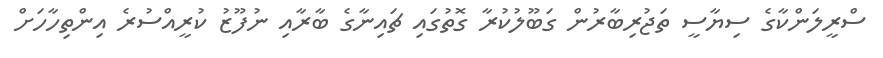
ސްރީލަންކާގެ ސިޔާސީ ތަޖުރިބާރުން ގަބޫލުކުރާ ގޮތުގައި ޗައިނާގެ ބާރާއި ނުފޫޒު ކުރީއްސުރެ އިންތިހާހަށް